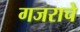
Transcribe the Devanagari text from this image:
गजराचे